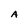
Character: A